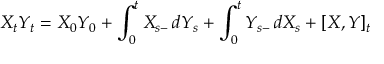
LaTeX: X _ { t } Y _ { t } = X _ { 0 } Y _ { 0 } + \int _ { 0 } ^ { t } X _ { s - } \, d Y _ { s } + \int _ { 0 } ^ { t } Y _ { s - } \, d X _ { s } + [ X , Y ] _ { t }